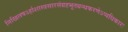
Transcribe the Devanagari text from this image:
निखिलषऽर्हाशास्त्रसारसंग्रहभूतग्रन्थकरणेऽप्यधिकारः